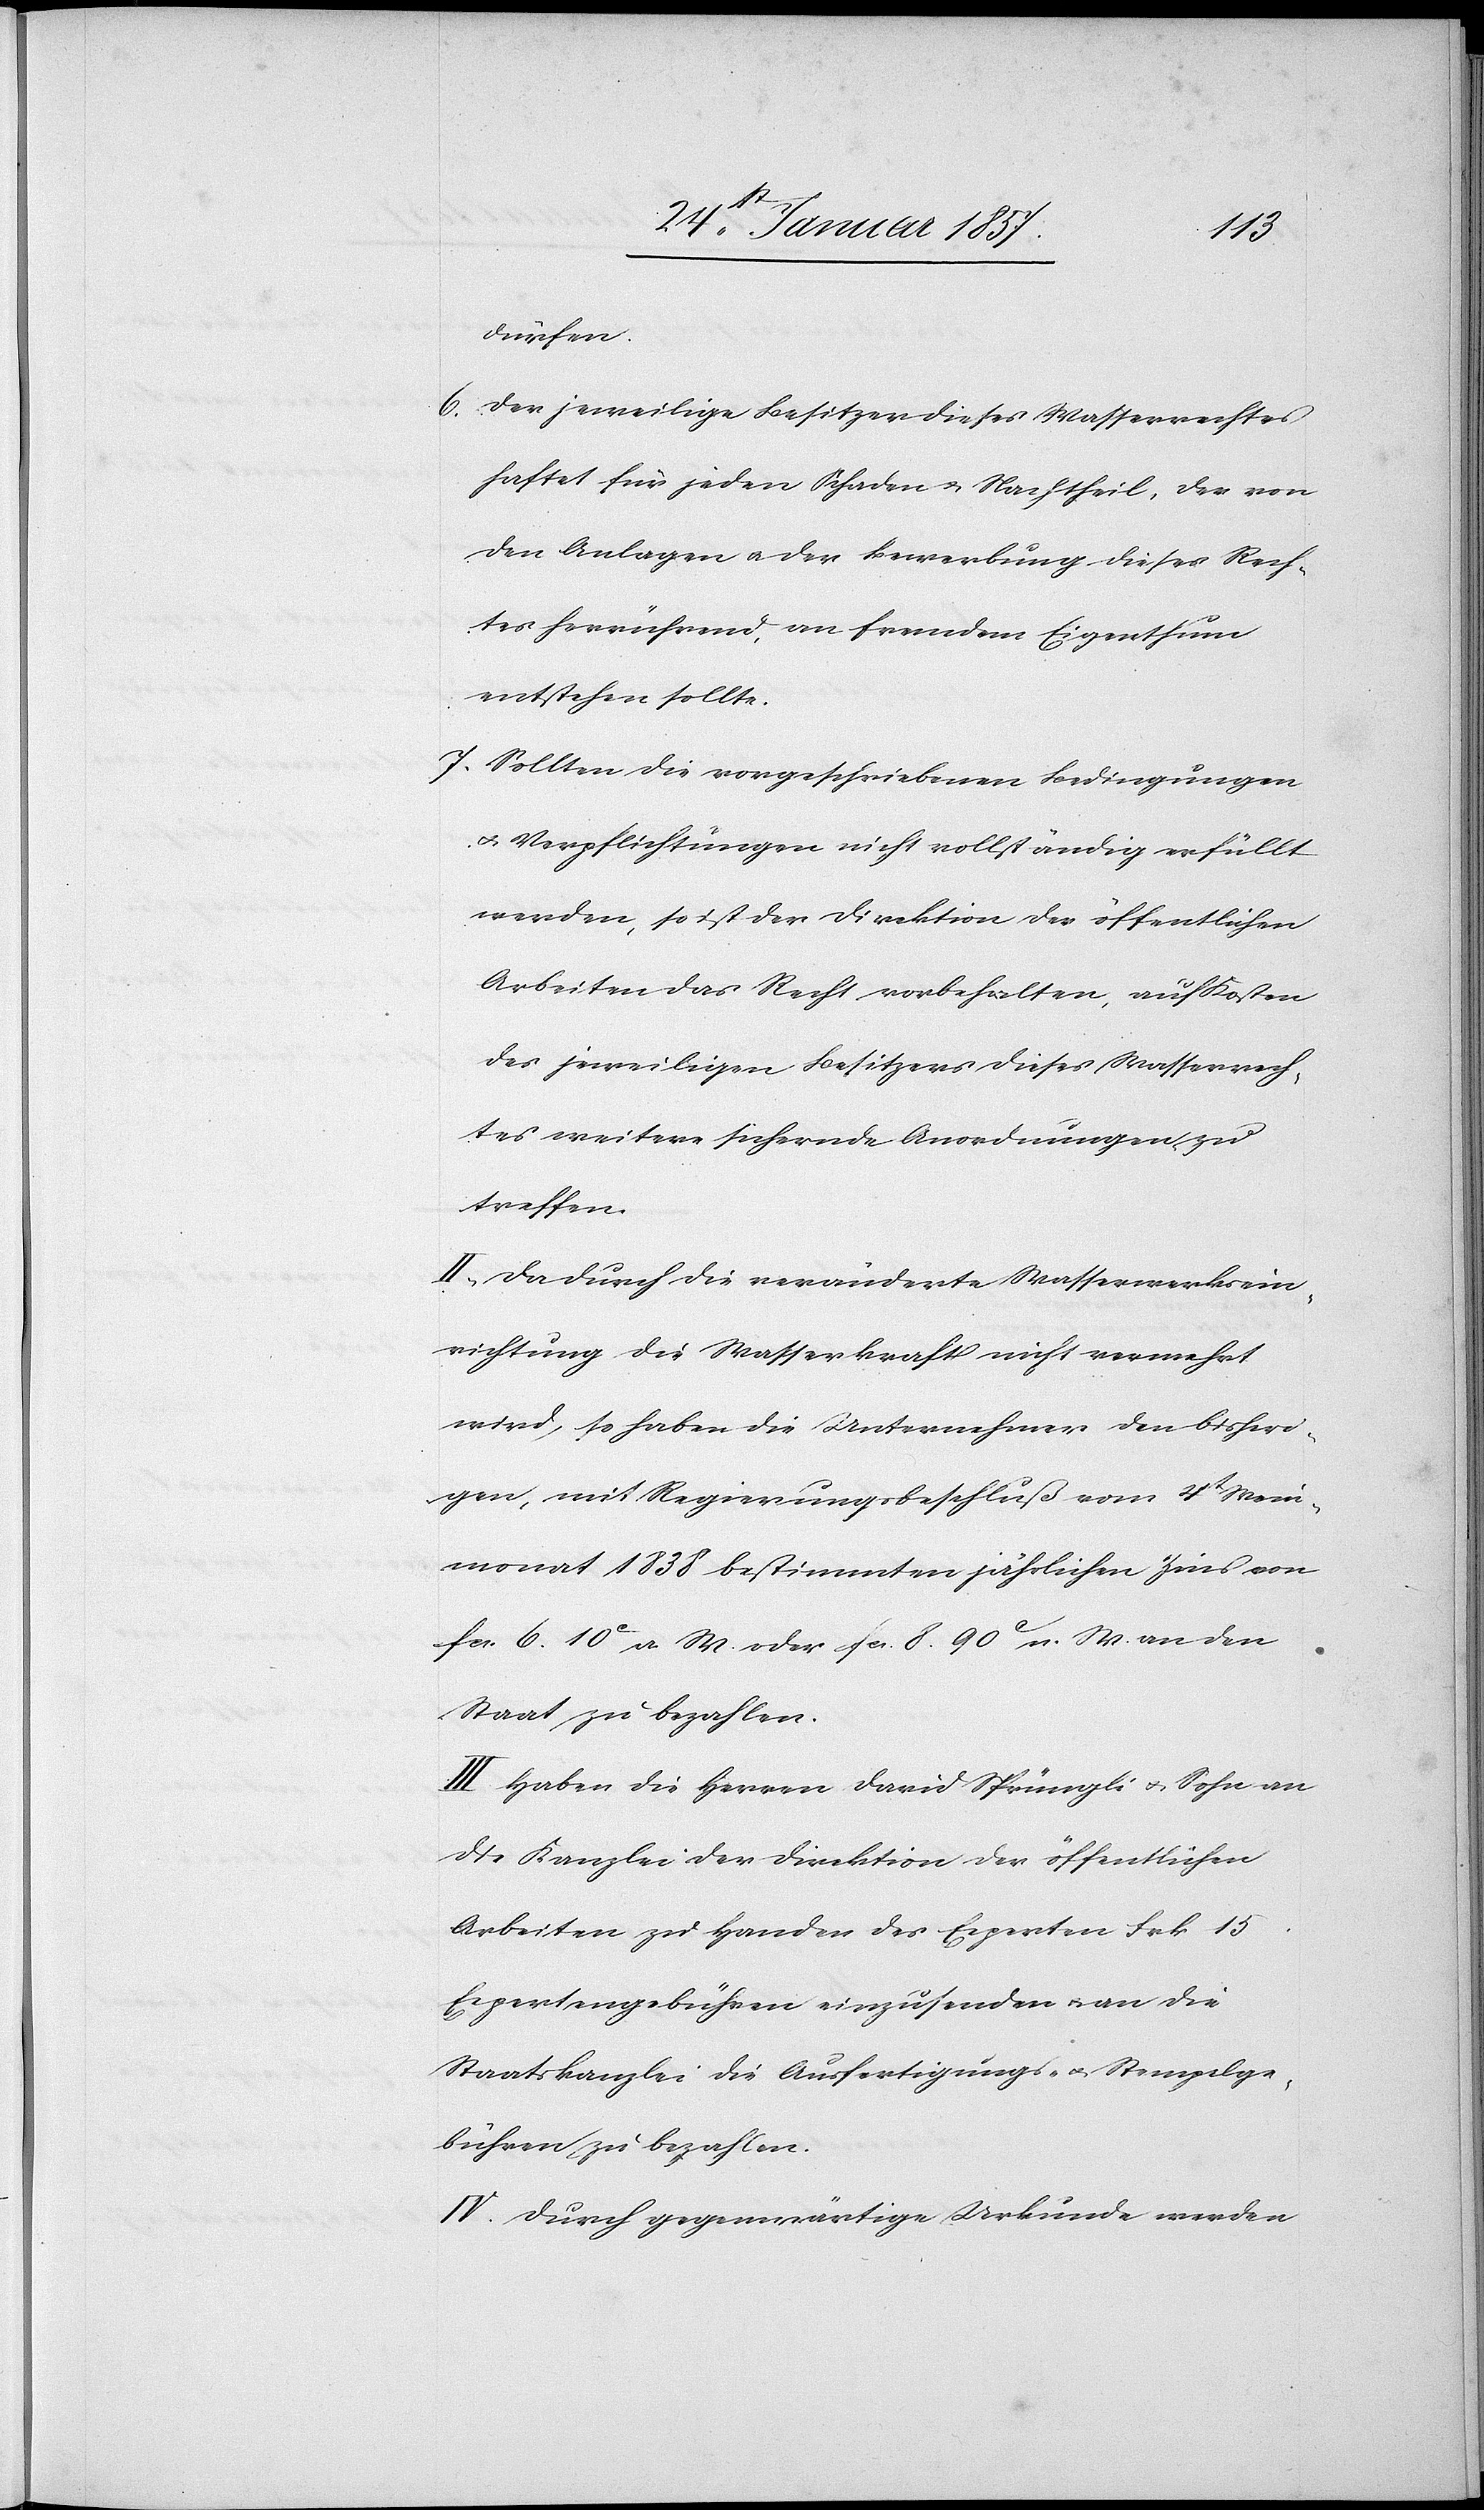
dürfen.
6. Den jeweiligen Besitzer dieses Wasserrechtes
haftet für jeden Schaden & Nachtheil, der von
den Anlagen u. der Bewerbung dieses Rech¬
tes herrührend, an fremdem Eigenthum
entstehen sollte.
7. Sollten die vorgeschriebenen Bedingungen
u. Verpflichtungen nicht vollständig erfüllt
werden, so ist der Direktion der öffentlichen
Arbeiten das Recht vorbehalten, auf Kosten
des jeweiligen Besitzers dieses Wasserrech¬
tes weitere sichernde Anordnungen zu
treffen.
II. Da durch die veränderte Wasserwerksein¬
richtung die Wasserkraft nicht vermehrt
wird, so haben die Unternehmer den bisheri¬
gen, mit Regierungsbeschluß vom 4t Mei¬
monat 1838 bestimmten jährlichen Zins von
fcs. 6. 10 c a. W. oder fcs. 8. 90 c n. W. an den
Staat zu bezahlen
III Haben die Herren David Sprüngli & Sohn an
die Kanzlei der Direktion der öffentlichen
Arbeiten zu Handen des Experten Frk 15
Expertengebühren einzusenden u. an die
Staatskanzlei die Ausfertigungs- u. Stempelge¬
bühren zu bezahlen.
IV. Durch gegenwärtige Urkunde werden